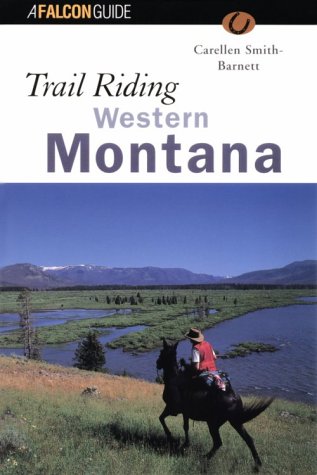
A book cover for Trail Riding Western Montana (Falcon Guides Trail Riding); Carellen Barnett; Travel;